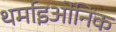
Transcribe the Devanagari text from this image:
थर्माइओनिक